Leaving Certificate Examination, 1918
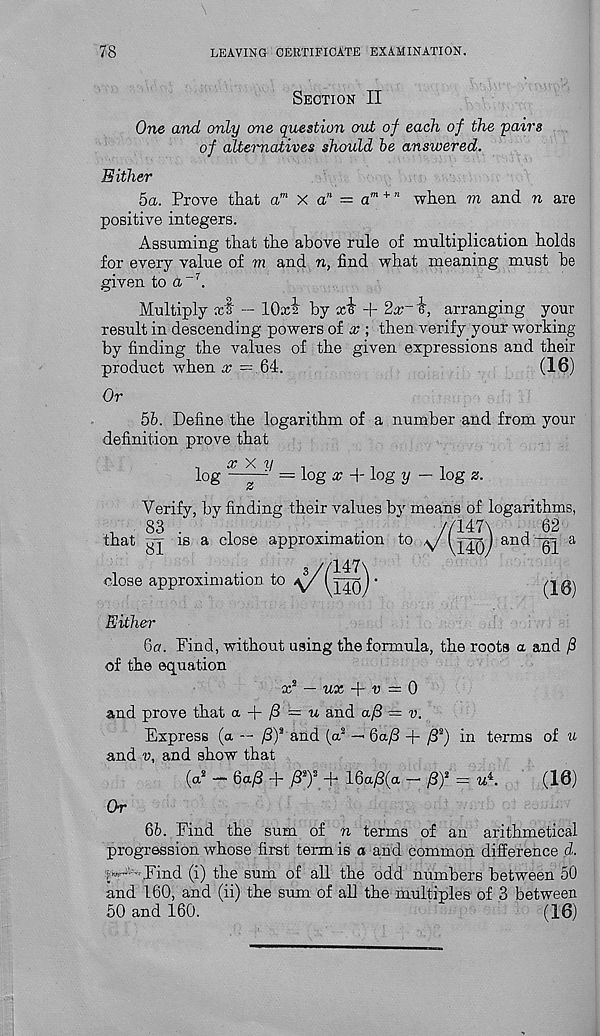
78
LEAVING CERTIFICATE EXAMINATION.
Section II
One and only one question out of each of the 'pairs
of alternatives should be answered.
Either
5a. Prove that a’ n X a n = a m + " when m and n are
positive integers.
Assuming that the above rule of multiplication holds
for every value of m and n, find what meaning must he
given to a” 7 .
Multiply xf — 10x2 by xi + 2x~ i, arranging your
result in descending powers of x ; then verify your working
by finding the values of the given expressions and their
product when x = 64.
(16)
Or
5b. Define the logarithm of a number and from your
definition prove that
log
= log x + log y — log z.
Verify, by finding their values by means of logarithms,
1
83 .
,
■
,
!l
that
is a close approximation to y 7 1
close approximation to a/( 14o) ’
/147
140
^ 62
and-02 a
(18)
Either
ба. Find, without using the formula, the roots a and /3
of the equation
x 2 — ux
v = 0
and prove that a + /3 = u and <x/3 = v.
Express (a — ft) 2 and (a 2 — 6a/3 + / S 2 ) in terms of u
and v, and show that
(a 2 - Qap + pj + 16a^8(a - p) 1 = u*.
(10)
Or
бб. Find the sum of n terms of an arithmetical
progression whose first term is a and common difference d.
>- • .Find (i) the sum of all the odd numbers between 50
and 160, and (ii) the sum of all the multiples of 3 between
50 and 160.
(16)